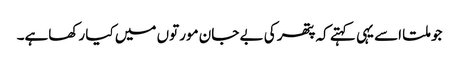
جو ملتا اسے یہی کہتے کہ پتھر کی بے جان مورتوں میں کیا رکھاہے۔